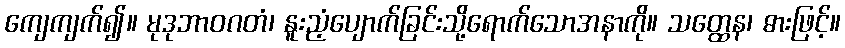
ကျေကျက်၍။ မုဒုဘာဝဂတံ၊ နူးညံ့ပျောက်ခြင်းသို့ရောက်သောအနာကို။ သတ္ထေန၊ ဓားဖြင့်။